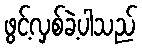
ဖွင့်လှစ်ခဲ့ပါသည်